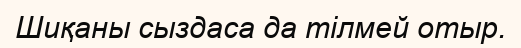
Шиқаны сыздаса да тілмей отыр.